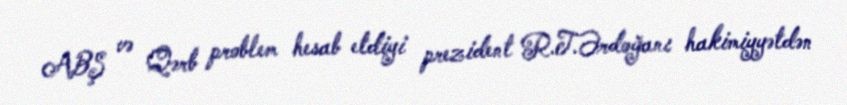
ABŞ və Qərb problem hesab etdiyi prezident R.T.Ərdoğanı hakimiyyətdən